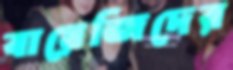
বায়েজিদের